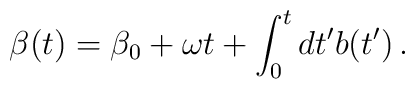
\beta(t) = \beta_0 + \omega t + \int_0^t dt' b(t') \,.